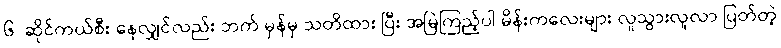
၆. ဆိုင်ကယ်စီး နေလျှင်လည်း ဘက် မှန်မှ သတိထား ပြီး အမြဲကြည့်ပါ မိန်းကလေးများ လူသွားလူလာ ပြတ်တဲ့